DOW-UAP-D48, Department of the Air Force Report, 1996
Agency: Department of War
Incident date: 9/10/96
Page 18
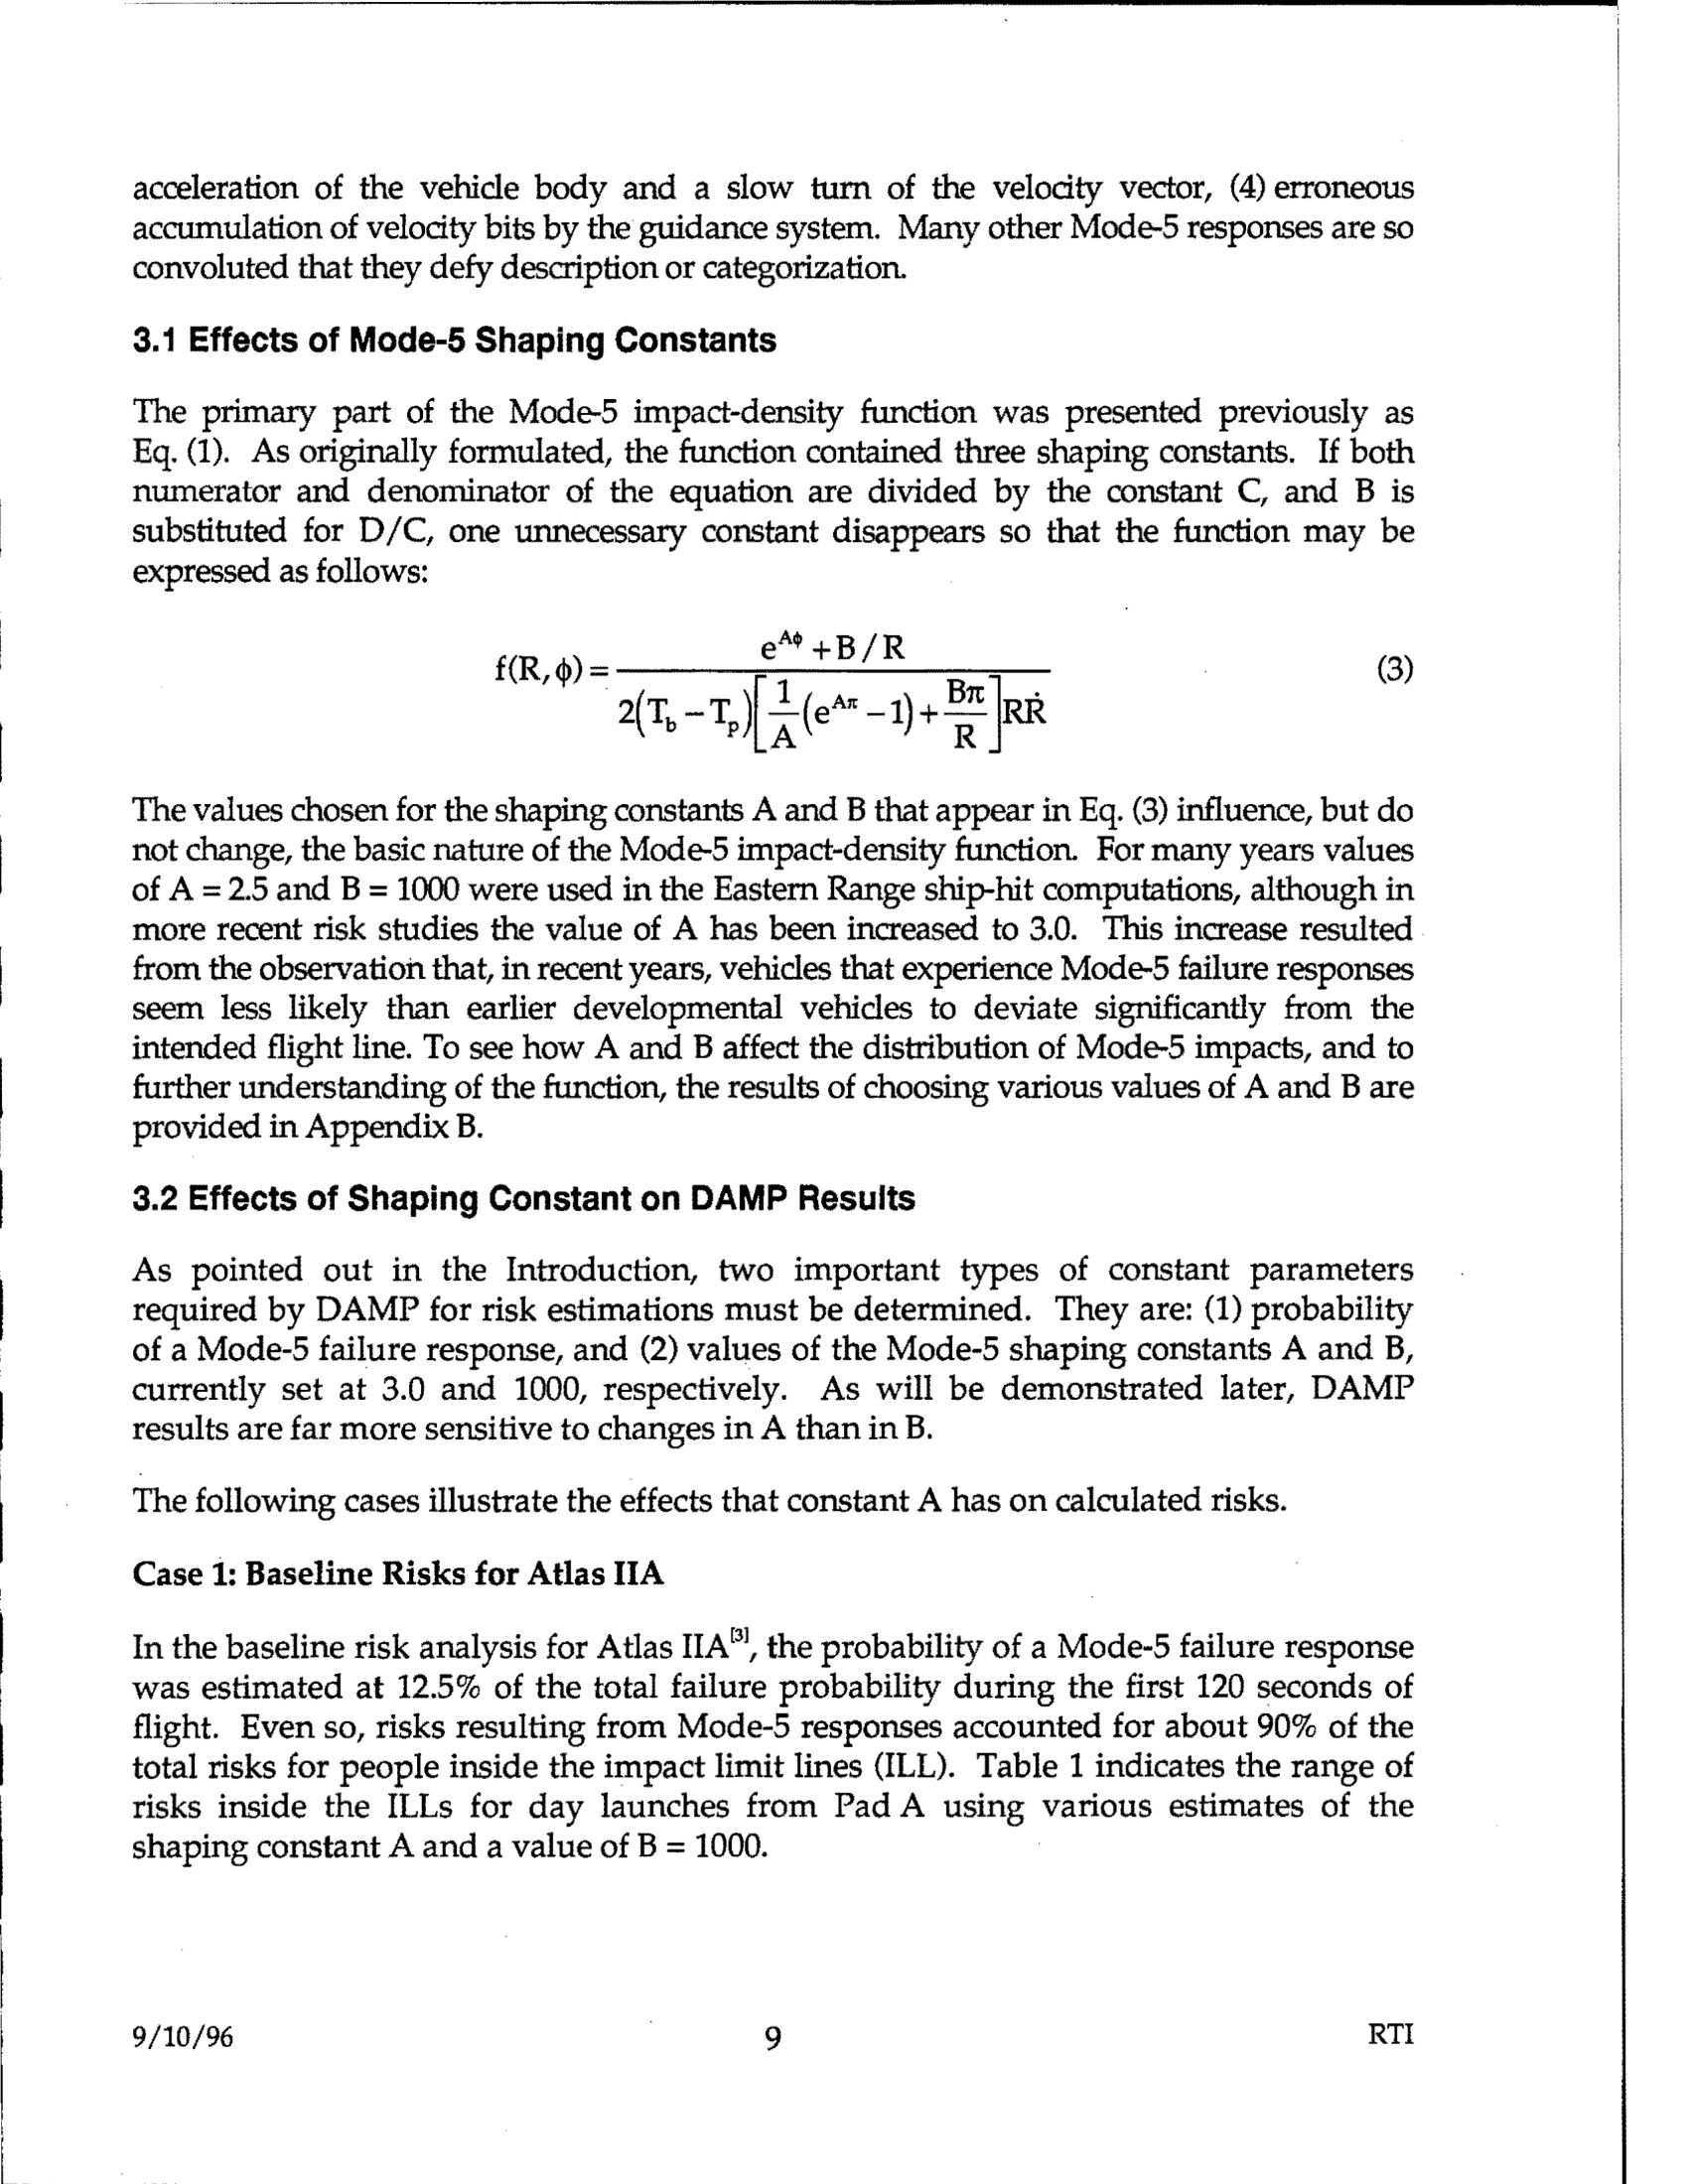